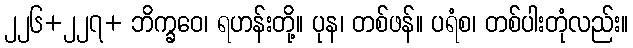
၂၂၆+၂၂၇+ ဘိက္ခဝေ၊ ရဟန်းတို့။ ပုန၊ တစ်ဖန်။ ပရံစ၊ တစ်ပါးတုံလည်း။